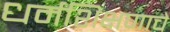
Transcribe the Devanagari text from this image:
धर्मशिक्षणाचे